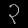
Digit: ၃